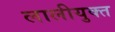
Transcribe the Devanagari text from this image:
लालीयुक्त